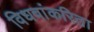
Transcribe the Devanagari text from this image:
विधवांकरिता